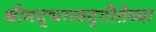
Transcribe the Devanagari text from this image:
श्रीमद्‌भगवद्‌गीतेच्या